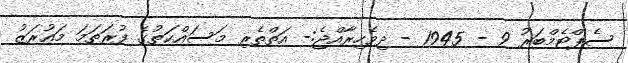
ސެޕްޓެމްބަރު 9 - 1945 - ދިވެހިރާއްޖެ:- އަތްތެރި މަސައްކަތުގެ ފުރަތަމަ މައުރަޒު